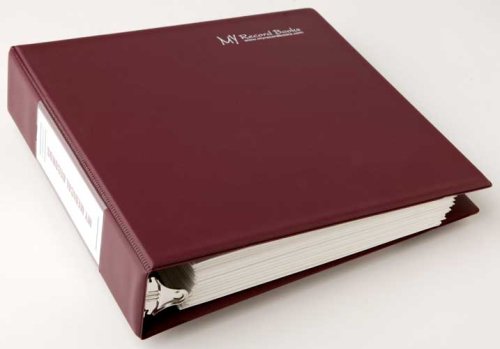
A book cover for My Medical Records - A Health Care Organizer (2 Adults or Children - Large); Beverly Morris; Health, Fitness & Dieting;